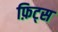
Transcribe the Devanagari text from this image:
फ़िट्स